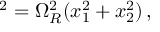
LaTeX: \d s ^ { 2 } = \Omega _ { R } ^ { 2 } ( \d x _ { 1 } ^ { 2 } + \d x _ { 2 } ^ { 2 } ) \, ,